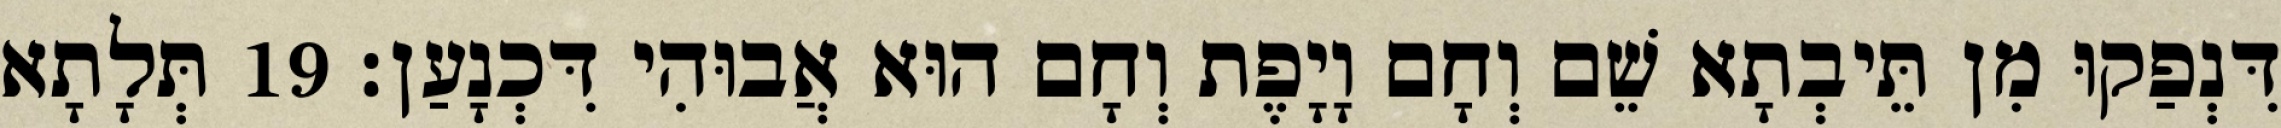
דִּנְפַקוּ מִן תֵּיבְתָא שֵׁם וְחָם וָיָפֶת וְחָם הוּא אֲבוּהִי דִּכְנָעַן׃ 19 תְּלָתָא